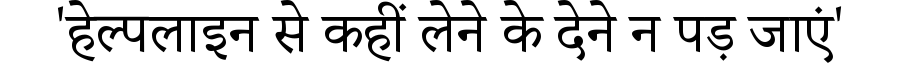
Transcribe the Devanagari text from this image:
'हेल्पलाइन से कहीं लेने के देने न पड़ जाएं'